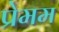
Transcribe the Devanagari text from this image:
प्रेमम